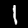
Digit: 1